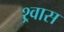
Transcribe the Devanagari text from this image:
श्र्वास